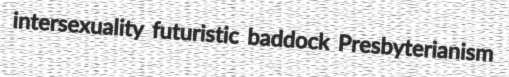
intersexuality futuristic baddock Presbyterianism